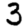
Digit: 3